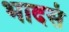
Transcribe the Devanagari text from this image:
भादसं